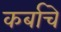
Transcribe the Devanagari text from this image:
कर्बाचे